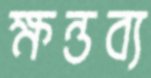
ক্ষন্তব্য